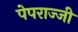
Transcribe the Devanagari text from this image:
पेपराज्जी